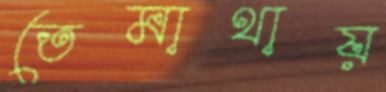
তেমাথায়